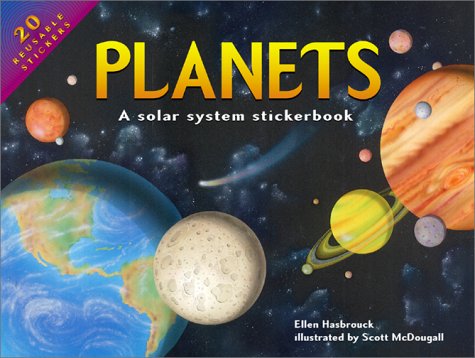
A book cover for Planets; Ellen Hasbrouck; Science & Math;